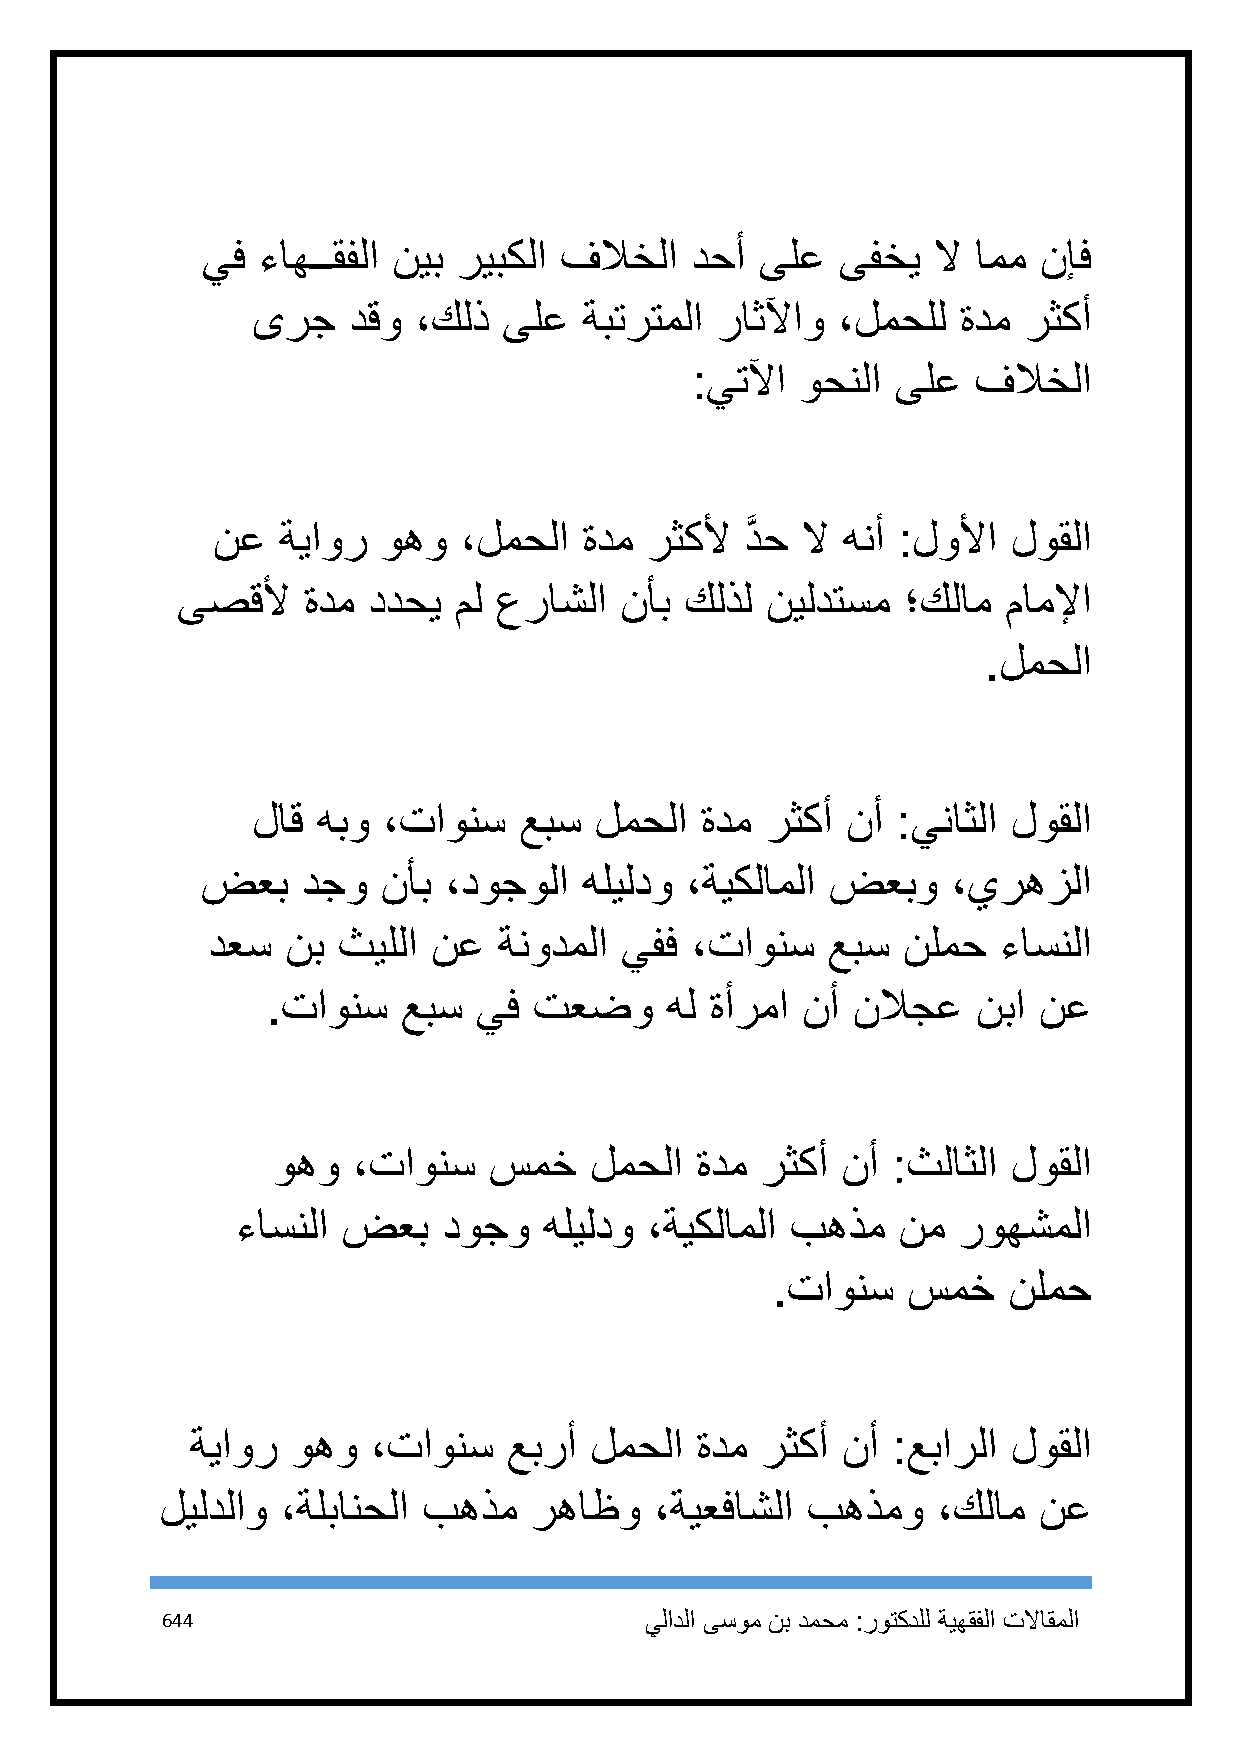
يف  ءاهــقفلا نيب ريبكلا فلاخلا  دحأ ىلع   ىفخي  لا امم نإف
 ىرج   دقو ،كلذ  ىلع   ةبترتملا راثلآاو ،لمحلل  ةدم رثكأ
 :يتلآا وحنلا ىلع  فلاخلا
 نع  ةياور  وهو  ،لمحلا   ةدم رثكلأ دَّ ح لا هنأ :لولأا لوقلا
 ىصقلأ   ةدم ددحي  مل عراشلا  نأب كلذل  نيلدتسم  ؛كلام  ماملإا
 .لمحلا
 لاق هبو ،تاونس   عبس  لمحلا  ةدم  رثكأ نأ :يناثلا لوقلا
 ضعب    دجو  نأب ،دوجولا   هليلدو ،ةيكلاملا ضعبو   ،يرهزلا
 دعس  نب ثيللا  نع  ةنودملا يفف  ،تاونس   عبس  نلمح  ءاسنلا
 .تاونس   عبس  يف تعضو     هل ةأرما نأ نلاجع    نبا نع
 وهو  ،تاونس   سمخ    لمحلا  ةدم رثكأ  نأ :ثلاثلا لوقلا
 ءاسنلا ضعب   دوجو   هليلدو ،ةيكلاملا بهذم  نم  روهشملا
 .تاونس   سمخ    نلمح
 ةياور وهو   ،تاونس   عبرأ لمحلا  ةدم رثكأ  نأ :عبارلا لوقلا
 ليلدلاو ،ةلبانحلا بهذم  رهاظو   ،ةيعفاشلا بهذمو    ،كلام  نع
 644                             يلادلا ىسوم نب دمحم :روتكدلل ةيهقفلا تلااقملا